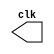
// ---------------
// Exemplo0041 - GERADOR DE CLOCK
// Nome: Josemar Alves Caetano
// Matrcula: 448662
// Data: 09/09/2012
// ----------------

// ---------------------------
// -- test clock generator (1)
// ---------------------------
module clock ( clk );
output clk;
reg clk;

initial begin
clk = 1'b0;
end
always 
 begin

 #12 clk = ~clk;

 end

endmodule // clock ( )
// ---------------
// -- Exemplo0041
// ---------------
module Exemplo0041;

// --------------- Definiode dados
wire clk;
// --------------- Intncia
clock CLK1 ( clk );

// --------------- Parte principal
initial begin: main
$dumpfile ( "Exemplo041.vcd" );
$dumpvars;
#120 $finish;
end
endmodule // Exemplo041 ( )